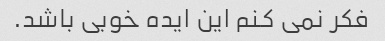
فکر نمی کنم این ایده خوبی باشد.